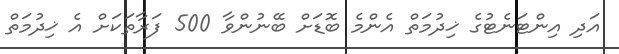
އަދި އިންޓަނެޓުގެ ޚިދުމަތް އެންމެ ބޮޑަށް ބޭނުންވާ 500 ފަރާތަކަށް އެ ޚިދުމަތް